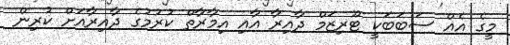
މީގެ އެއް ސަބަބަކީ ޓޫރިޒަމް ދާއިރާ އާއި އިމާރާތް ކުރުމުގެ ދާއިރާއަށް ކުރިން